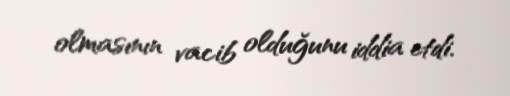
olmasının vacib olduğunu iddia etdi.